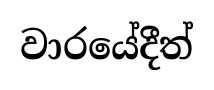
වාරයේදීත්